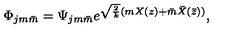
\Phi _ { j m \bar { m } } = \Psi _ { j m \bar { m } } e ^ { \sqrt { \frac { 2 } { k } } ( m X ( z ) + \bar { m } \bar { X } ( \bar { z } ) ) } ,